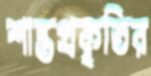
শান্তপ্রকৃতির